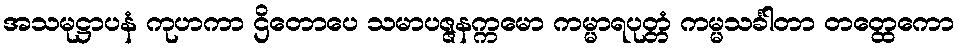
အသမုဋ္ဌာပနံ ကုဟကာ ဌိတောပေ သမာပဇ္ဇနက္ကမော ကမ္မာရပုတ္တံ ကမ္မသင်္ခါတာ တတ္ထေကော